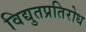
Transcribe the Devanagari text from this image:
विद्युतप्रतिरोध